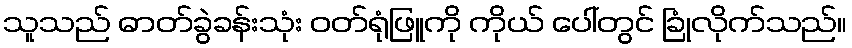
သူသည် ဓာတ်ခွဲခန်းသုံး ဝတ်ရုံဖြူကို ကိုယ် ပေါ်တွင် ခြုံလိုက်သည်။